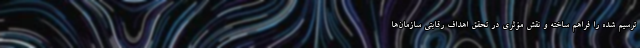
ترسیم شده را فراهم ساخته و نقش مؤثری در تحقق اهداف رقابتی سازمان‌ها